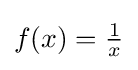
{\textstyle f(x)={\frac {1}{x}}}